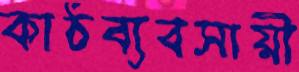
কাঠব্যবসায়ী